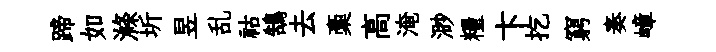
蹄如滌圻昱乱祜鵠去稾高淹渺糧卞扢窮奏嶂